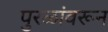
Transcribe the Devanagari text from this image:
पुरळांवरून